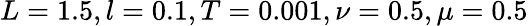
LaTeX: L=1.5,l=0.1,T=0.001,\nu=0.5,\mu=0.5